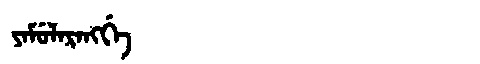
Manchu: ᠶᠠᠮᡠᠯᠠᡵᠠᠩᡤᡝ
Romanization: YAMULARANGGE